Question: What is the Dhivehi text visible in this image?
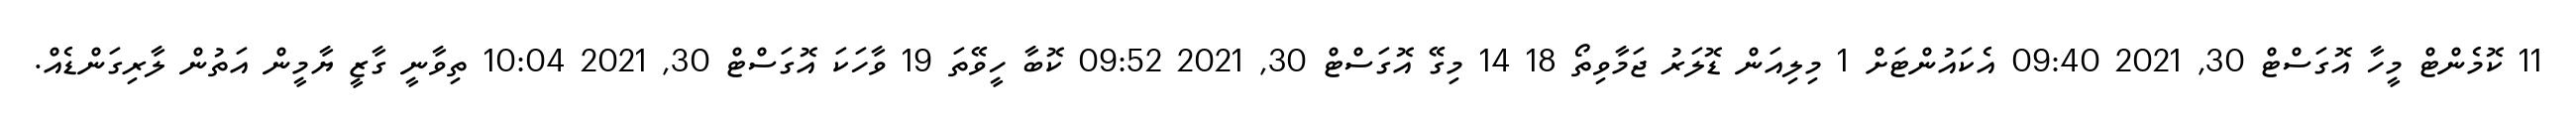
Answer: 11 ކޮމެންޓް މީހާ އޮގަސްޓް 30, 2021 09:40 އެކައުންޓަށް 1 މިލިއަން ޑޮލަރު ޖަމާވިތޯ 18 14 މިގޭ އޮގަސްޓް 30, 2021 09:52 ކޮބާ ހީވޭތަ 19 ވާހަކަ އޮގަސްޓް 30, 2021 10:04 ތިވާނީ ގާޒީ ޔާމީން އަތުން ލާރިގަންޑެއް.